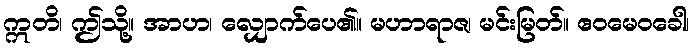
ဣတိ၊ ဤသို့။ အာဟ၊ လျှောက်ပေ၏။ မဟာရာဇ၊ မင်းမြတ်။ ဧဝမေဝခေါ၊